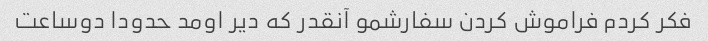
فکر کردم فراموش کردن سفارشمو آنقدر که دیر اومد حدودا دوساعت